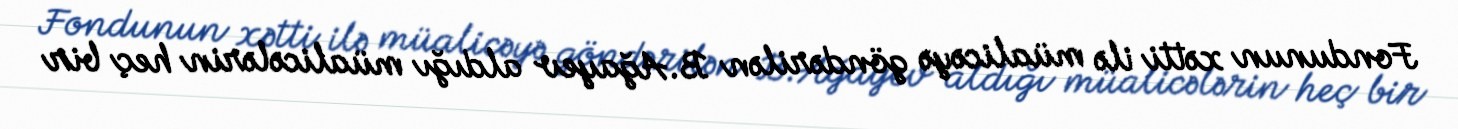
Fondunun xətti ilə müalicəyə göndərilən B.Ağayev aldığı müalicələrin heç bir